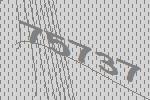
75737